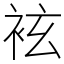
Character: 袨